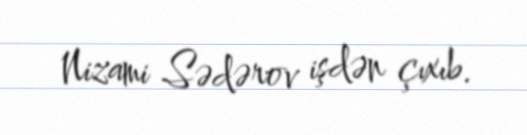
Nizami Sədərov işdən çıxıb.